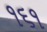
૧૬૧